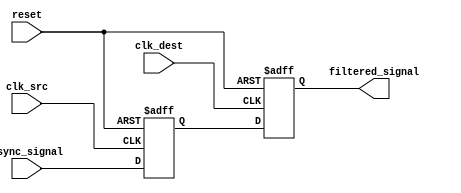
module metastability_filter (
    input wire        clk_src,      // Source clock 
    input wire        clk_dest,     // Destination clock
    input wire        async_signal,  // Asynchronous input signal
    input wire        reset,        // Reset signal
    output reg       filtered_signal // Filtered output signal
);

    // Intermediate signal for the first flip-flop output
    reg ff1_out;

    // First flip-flop in the source clock domain
    always @(posedge clk_src or posedge reset) begin
        if (reset) begin
            ff1_out <= 1'b0;
        end else begin
            ff1_out <= async_signal; // Sample the asynchronous signal
        end
    end

    // Second flip-flop in the destination clock domain
    always @(posedge clk_dest or posedge reset) begin
        if (reset) begin
            filtered_signal <= 1'b0;
        end else begin
            filtered_signal <= ff1_out; // Sample the output of the first flip-flop
        end
    end

endmodule